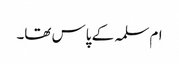
ام سلمہ کے پاس تھا۔